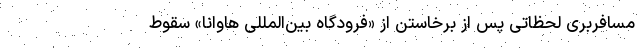
مسافربری لحظاتی پس از برخاستن از «فرودگاه بین‌المللی هاوانا» سقوط